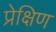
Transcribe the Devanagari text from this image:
प्रेक्षिण